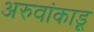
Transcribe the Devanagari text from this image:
अरुवांकाडू